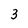
Character: 3